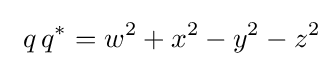
~q\,q^{*}=w^{2}+x^{2}-y^{2}-z^{2}